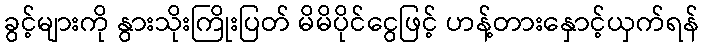
ခွင့်များကို နွားသိုးကြိုးပြတ် မိမိပိုင်ငွေဖြင့် ဟန့်တားနှောင့်ယှက်ရန်